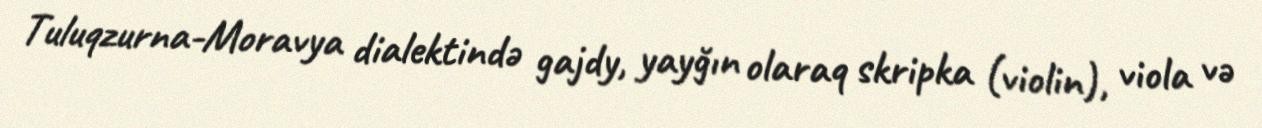
Tuluqzurna-Moravya dialektində gajdy, yayğın olaraq skripka (violin), viola və